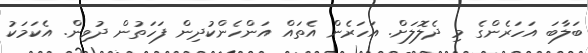
ބަލާބަ އަހަރެންގެ މި ދެލޮލަށް. އަހަރެން އެތައް އަންހެންކުދިން ފަހަތުން ދުވިން. އެކަމަކު